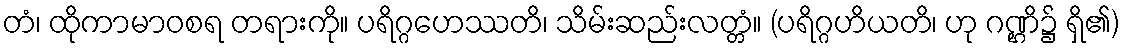
တံ၊ ထိုကာမာဝစရ တရားကို။ ပရိဂ္ဂဟေဿတိ၊ သိမ်းဆည်းလတ္တံ။ (ပရိဂ္ဂဟိယတိ၊ ဟု ဂဏ္ဌိ၌ ရှိ၏)